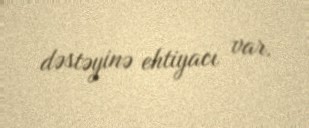
dəstəyinə ehtiyacı var.